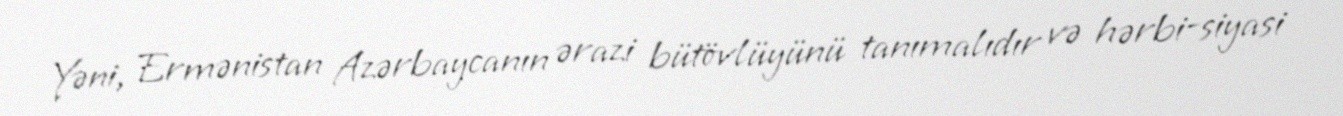
Yəni, Ermənistan Azərbaycanın ərazi bütövlüyünü tanımalıdır və hərbi-siyasi